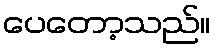
ပေတော့သည်။